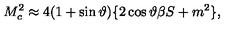
M _ { c } ^ { 2 } \approx 4 ( 1 + \sin \vartheta ) \{ 2 \cos \vartheta \beta S + m ^ { 2 } \} ,